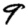
Digit: 9